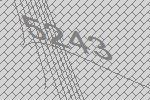
5243